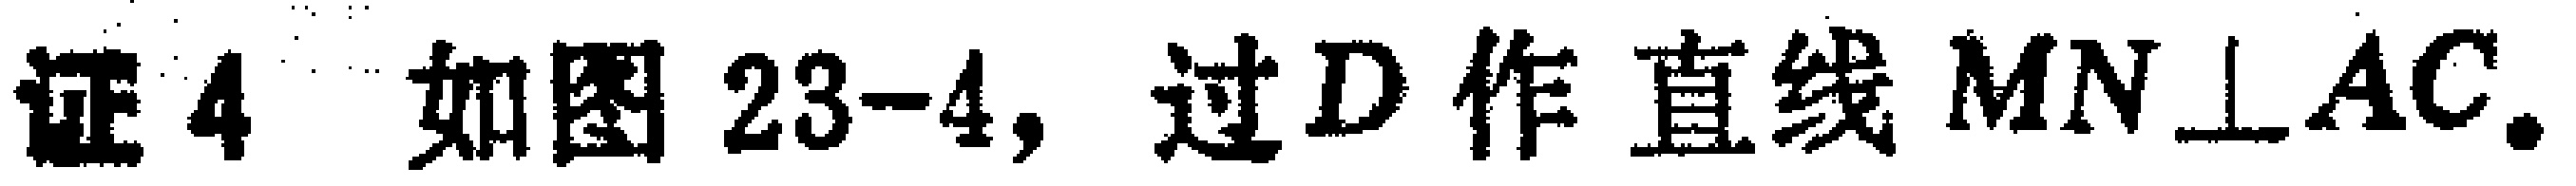
证4 如图23-4, 过$D$作直线$MN\perp AC$.